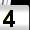
Digit: 4